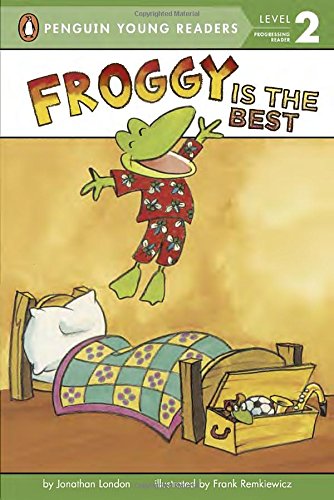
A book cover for Froggy Is the Best; Jonathan London; Children's Books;